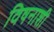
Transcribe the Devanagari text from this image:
विषनाशी